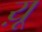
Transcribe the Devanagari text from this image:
य़ू